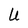
Character: U